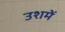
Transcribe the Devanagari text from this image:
उशमें